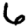
Digit: 6